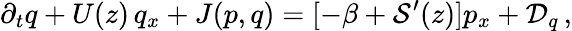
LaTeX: \partial_{t}q+U(z)\, q_{x}+J(p,q)=[-{\beta}+{\cal S}^{\prime}(z)]p_{x}+{\cal D}_{q}\, ,